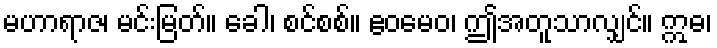
မဟာရာဇ၊ မင်းမြတ်။ ခေါ၊ စင်စစ်။ ဧဝမေဝ၊ ဤအတူသာလျှင်။ ဣဓ၊